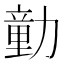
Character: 勭